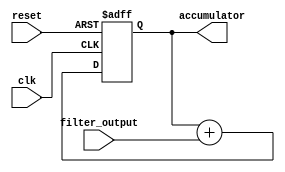
module accumulator(
    input wire clk,
    input wire reset,
    input wire filter_output,
    output reg [15:0] accumulator
);

always @(posedge clk or posedge reset) begin
    if (reset) begin
        accumulator <= 16'b0;
    end else begin
        accumulator <= accumulator + filter_output;
    end
end

endmodule